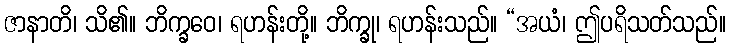
ဇာနာတိ၊ သိ၏။ ဘိက္ခဝေ၊ ရဟန်းတို့။ ဘိက္ခု၊ ရဟန်းသည်။ “အယံ၊ ဤပရိသတ်သည်။